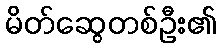
မိတ်ဆွေတစ်ဦး၏